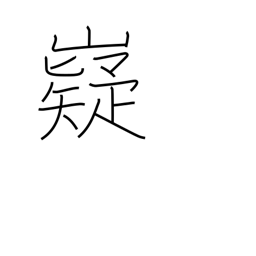
Meaning: wise